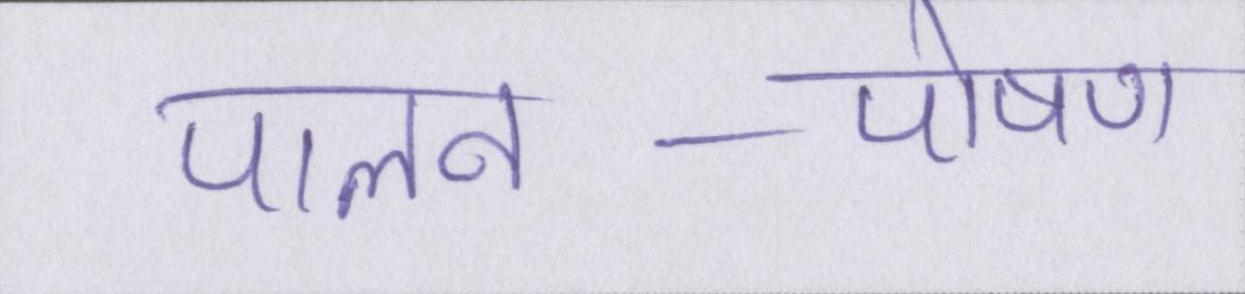
पालन-पोषण